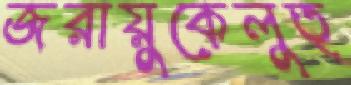
জরায়ুকেলুত্